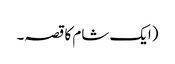
(ایک شام کا قصہ۔